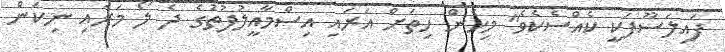
ފައިލަސޫފަކީ ކެއްސެކެވެ" މިހެން ހިތަށް އަރައި އިސްމާއީލުފުތުގެ ދެ ލޯ މަރައި ނިކަން